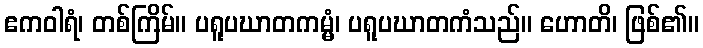
ဧကဝါရံ၊ တစ်ကြိမ်။ ပရူပဃာတကမ္မံ၊ ပရူပဃာတကံသည်။ ဟောတိ၊ ဖြစ်၏။